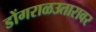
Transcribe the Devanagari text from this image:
डोंगराळउतारावर